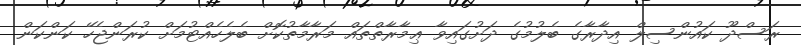
ރަސްދޫ ކައުންސިލް އިދާރާގެ ބެލުމުގެ ދަށުގައިވާ ޢިމާރާތްތައް މަރާމާތުކޮށް ބެލެހެއްޓުމަށް ކުރަންޖެހޭ ކަންކަން